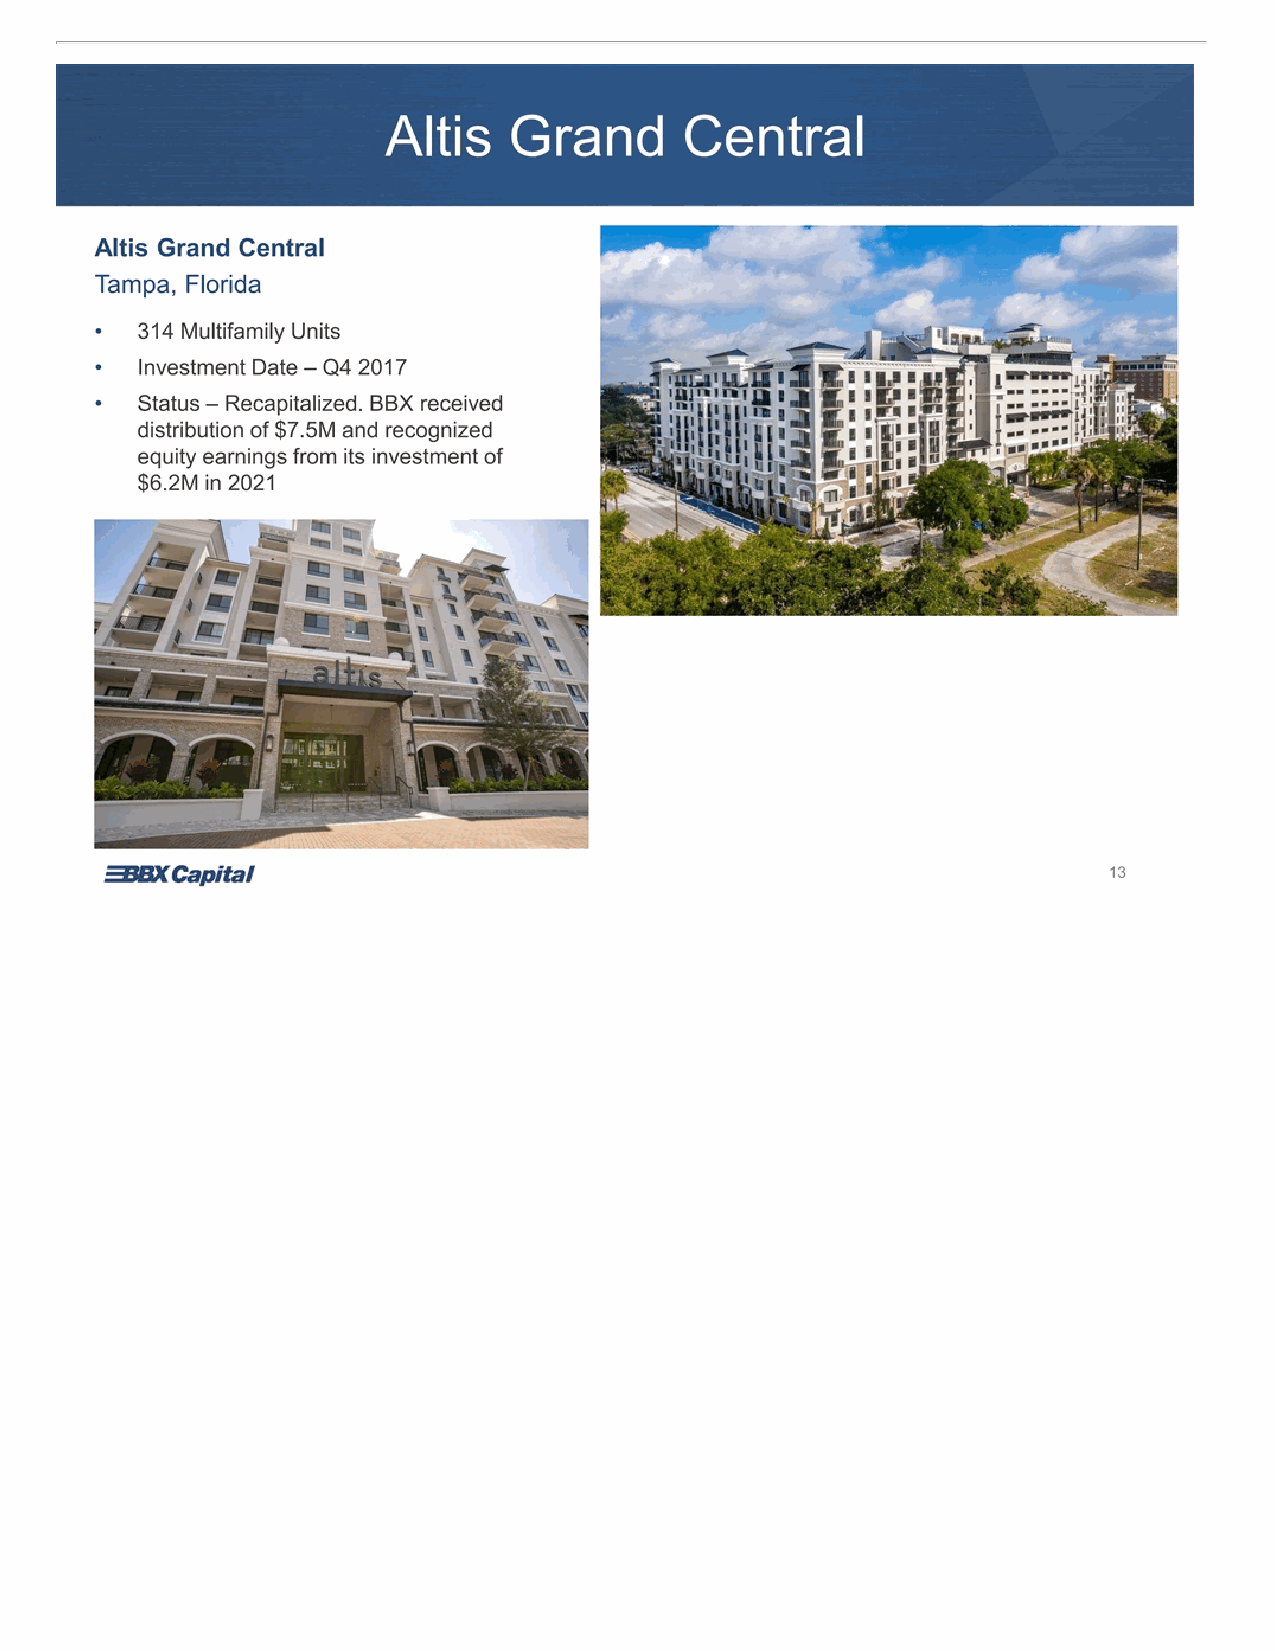
Altis Grand Central Altis Grand Central Tampa, Florida • 314 Multifamily Units • Investment Date – Q4 2017 • Status – Recapitalized. BBX received distribution of $7.5M and recognized equity earnings from its investment of $6.2M in 2021 13